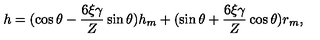
h = ( \cos \theta - \frac { 6 \xi \gamma } { Z } \sin \theta ) h _ { m } + ( \sin \theta + \frac { 6 \xi \gamma } { Z } \cos \theta ) r _ { m } \mathrm { , }